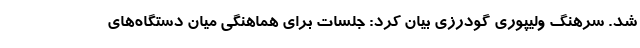
شد. سرهنگ ولیپوری گودرزی بیان کرد: جلسات برای هماهنگی میان دستگاه‌های